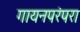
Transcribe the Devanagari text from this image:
गायनपरंपरा